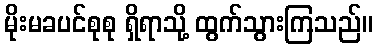
မိုးမခပင်စုစု ရှိရာသို့ ထွက်သွားကြသည်။